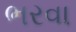
ભરવા